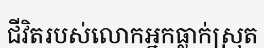
ជីវិតរបស់លោកអ្នកធ្លាក់ស្រុត